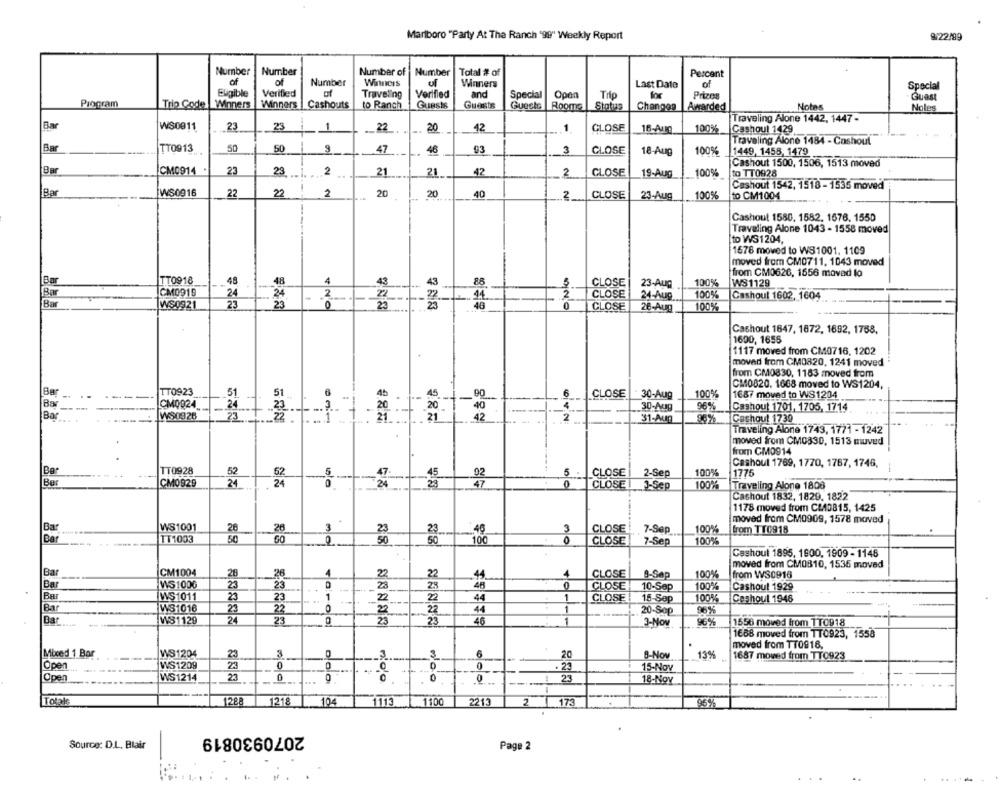
Marlboro "Party At The Ranch '99" Weekly Report
8/22/99
Number
Number
Number of
Number
Total # of
Percent
of
of
Number
Winners
of
Winners
Last Date
of
Special
Eligible
Verified
of
Traveling
Verified
and
Special
Open
Trip
for
Prizes
Guest
Program
Trio Code
Winners
Winners
Cashouts
Guests
Guests
to Ranch
Guests
Rooma
Status
Changog
Awarded
Notes
Noles
Traveling Alone 1442, 1447 -
Bar
WS0811
23
23
1
22
42
1
CLOSE
20
16-Aug
100%
Cashoul 1429
Traveling Alone 1484 - Cashout
Bar
TT0913
50
50
3
47
46
93
3
CLOSE
100%
1449, 1458, 1479
18-Aug
Cashout 1500, 1506, 1513 moved
Bar
CM0914
23
23
2
21
21
42
2
CLOSE
19-Aug
100%
to TT0928
Cashout 1542, 1518 - 1535 moved
Bar
WS0916
22
2
2
20
20
40
2
CLOSE
23-Aug
100%
to CM1004
Cashout 1580, 1582. 1676. 1550
Traveling Alone 1043 - 1558 moved
to WS1204,
1578 moved to WS1001, 1109
moved from CM0711, 1043 moved
from CM0626, 1656 movad lo
TT0918
48
43
CLOSE
23-Aug
100%
WS1129
Bar
CM0919
43
100%
24
CLOSE
24-Aug
Cashout 1602, 1604
Bar
IWS0921
+ NO
23
CLOSE
26-Aug
100%
Cashout 1847, 1872, 1692, 1758,
1690, 1655
1117 moved from CM0716, 1202
moved from CM0820, 1241 moved
from CM0830, 1183 moved from
CM0820, 1668 moved to WS1204,
Bør
TT0923
CLOSE
30-Aug
100%
1687 moved to WS1204
CM0024
51
45 -1 -90
--
40
30-Aug
86%
Cashout 1701, 1705, 1714
Bar
WS0926
8-11-
: 21:1.21
21
42
. ...
31-Aug
Cashout 1739
Traveling Alone 1743, 1771 - 1242
moved from CM0330, 1513 muved
from CM0914
Cashoul 1769, 1770, 1767, 1746,
Ber
TT0928
62
-
47
45
5
CLOSE
2-Sep
100%
1775
Bør
CM0929
24
24
92
.
CLOSET J-Sep
100%
Traveling Alone 1806
Cashout 1832, 1829, 1822
1178 moved from CL10815, 1425
moved from CM0909, 1578 moved
Bar
WS1001
28
40
46
CLOSE
7-Sep
100%
from TTC918
Bar
TT1003
50
23
100
CLOSE
7-Sep
100%
Cashoul 1895, 1900, 1909 - 1146
Bar
moved from CM0810, 1536 moved
CM1004
28
26
4
23
44
CLOSE
9-Sep
100%
from WS0916
Bar
WS100G
23
29
0
CLOSE
100%
23
.-
10-Sep
Cashout 1929
Ba
WS1011
23
23
1
2
22
44
1
CLOSE
15-Sep
100%
Ceshoul 1946
Bar
WS1016
23
-
22
20-Sep
96%
22
Bar
W81129
24
23
23
45
1
3-Nov
96%
1556 moved from TT0918
1688 moved from TT0923, 1558
moved from T70918,
Mixed 1 Bar
WS1204
23
3
3
6
20
B-Nov
13%
1687 moved from TT0923
WS1209
0
0
3
Open
23
. 23
15-Nov
Open
--
WS1214
23
0
nido
0
23
18-Nov
1
Totals
128
1218
104
1113
1100
2213
2
-H
173
2070930819
Source: D.L. Blair
Page 2